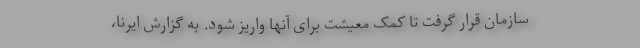
سازمان قرار گرفت تا کمک معیشت برای آنها واریز شود. به گزارش ایرنا،